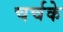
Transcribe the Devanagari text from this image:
चर्चके